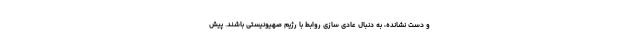
و دست نشانده، به دنبال عادی سازی روابط با رژیم صهیونیستی باشند. پیش